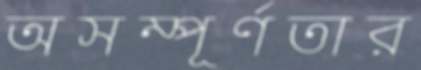
অসম্পূর্ণতার